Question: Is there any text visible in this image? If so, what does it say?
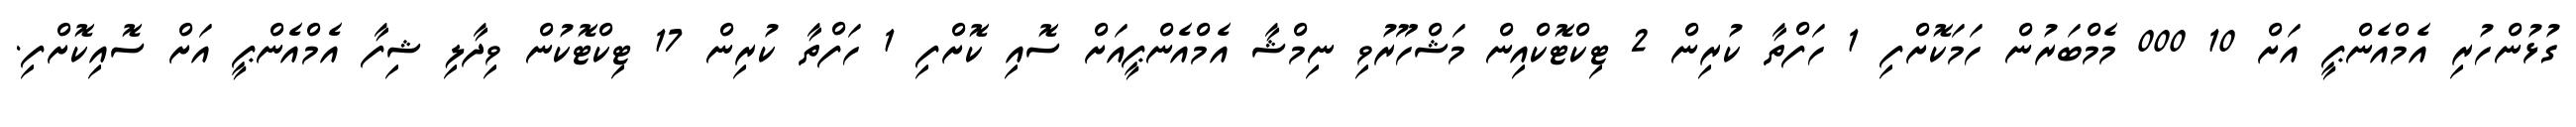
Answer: ގުޅުންހުރި އެމްއެންޕީ އަށް 10 000 މެމްބަރުން ހަމަކޮށްފި 1 ހަފްތާ ކުރިން 2 ޓިކްޓޮކްއިން މަޝްހޫރުވި ނިމްޝާ އެމްއެންޕީއަށް ސޮއި ކޮށްފި 1 ހަފްތާ ކުރިން 17 ޓިކްޓޮކުން ވިދާލި ޝިފާ އެމްއެންޕީ އަށް ސޮއިކޮށްފި.